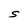
Character: S